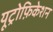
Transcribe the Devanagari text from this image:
यूट्रोफ़िकेशन